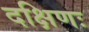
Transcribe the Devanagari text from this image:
दक्षिणः